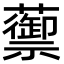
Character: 蘌